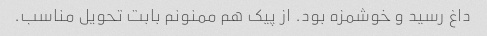
داغ رسید و خوشمزه بود. از پیک هم ممنونم بابت تحویل مناسب.